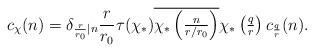
LaTeX: \begin{align*}c_\chi(n) = \delta_{\frac{r}{r_0}\mid n} \frac{r}{r_0} \tau(\chi_*)\overline{\chi_*\left(\tfrac{n}{r/r_0}\right)} \chi_*\left(\tfrac{q}{r}\right) c_{\frac{q}{r}}(n).\end{align*}